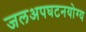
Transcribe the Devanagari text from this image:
जलअपघटनयोग्य